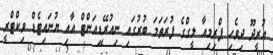
އުރީދޫ ދިވެހި ޕްރިމިއާ ލީގްގެ ފުރަތަމަ ބުރުގައި ނިއުރޭޑިއަންޓް އާއި ޔުނައިޓެޑް ވިކްޓްރީ